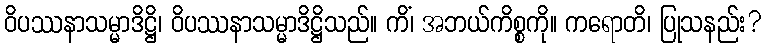
ဝိပဿနာသမ္မာဒိဋ္ဌိ၊ ဝိပဿနာသမ္မာဒိဋ္ဌိသည်။ ကိံ၊ အဘယ်ကိစ္စကို။ ကရောတိ၊ ပြုသနည်း?